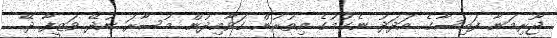
ޖޫރިމަނާ ފައިސާގެ އަދަދު ނެގުމުގެ އިތުރުން ގަވާއިދުން މުސާރަ ނުދޭ ވަޒީފާ ދޭ